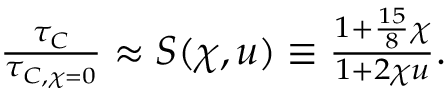
\begin{array} { r } { \frac { \tau _ { C } } { \tau _ { C , \chi = 0 } } \approx S ( \chi , u ) \equiv \frac { 1 + \frac { 1 5 } { 8 } \chi } { 1 + 2 \chi u } . } \end{array}